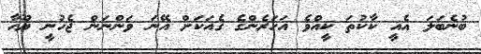
ބުނެބަލަ އެއީ ކާކުތަ ކީއްވެ އަހަރެންގެ ގެއަކަށް އޭނަ ވަންނަން ޖެހުނީ ޔޫހާ